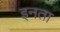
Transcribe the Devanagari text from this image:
इनता